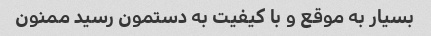
بسیار به موقع و با کیفیت به دستمون رسید ممنون